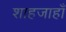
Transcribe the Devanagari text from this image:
शाहजाहाँ